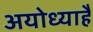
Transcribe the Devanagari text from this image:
अयोध्याहै